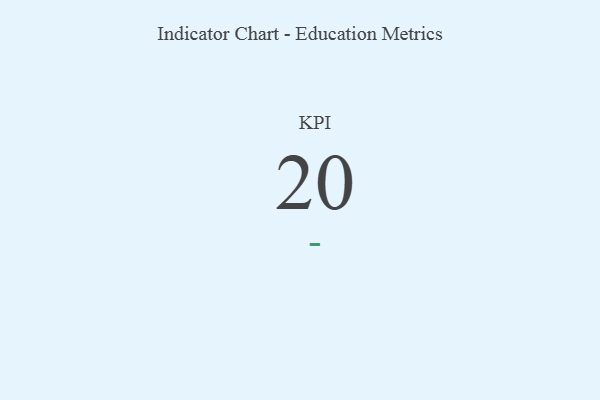
{"axis": {"x": "KPI", "y": "Value"}, "legend": [""], "data": [{"x": "KPI", "y": 20, "type": ""}]}